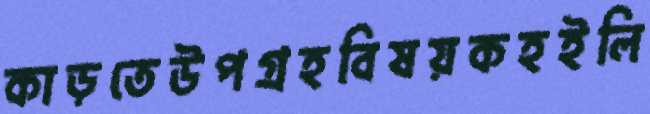
কাড়তেউপগ্রহবিষয়কহইলি